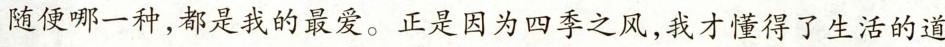
随便哪一种，都是我的最爱。正是因为四季之风，我才懂得了生活的道